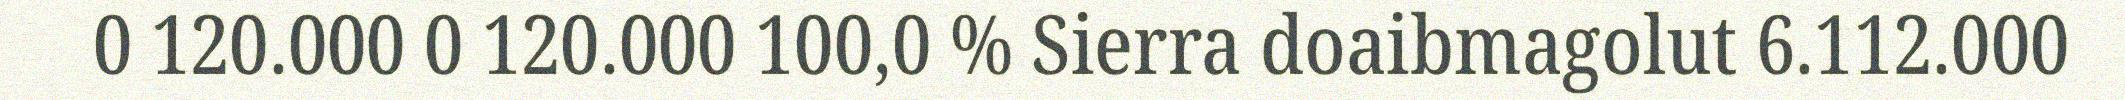
0 120.000 0 120.000 100,0 % Sierra doaibmagolut 6.112.000